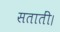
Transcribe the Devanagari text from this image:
सतातीं।